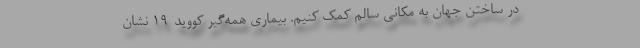
در ساختن جهان به مکانی سالم کمک کنیم. بیماری همه‌گیر کووید-۱۹ نشان